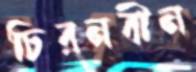
চিরনবীন